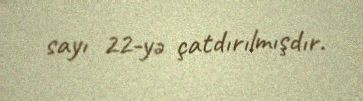
sayı 22-yə çatdırılmışdır.